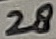
Text: 28